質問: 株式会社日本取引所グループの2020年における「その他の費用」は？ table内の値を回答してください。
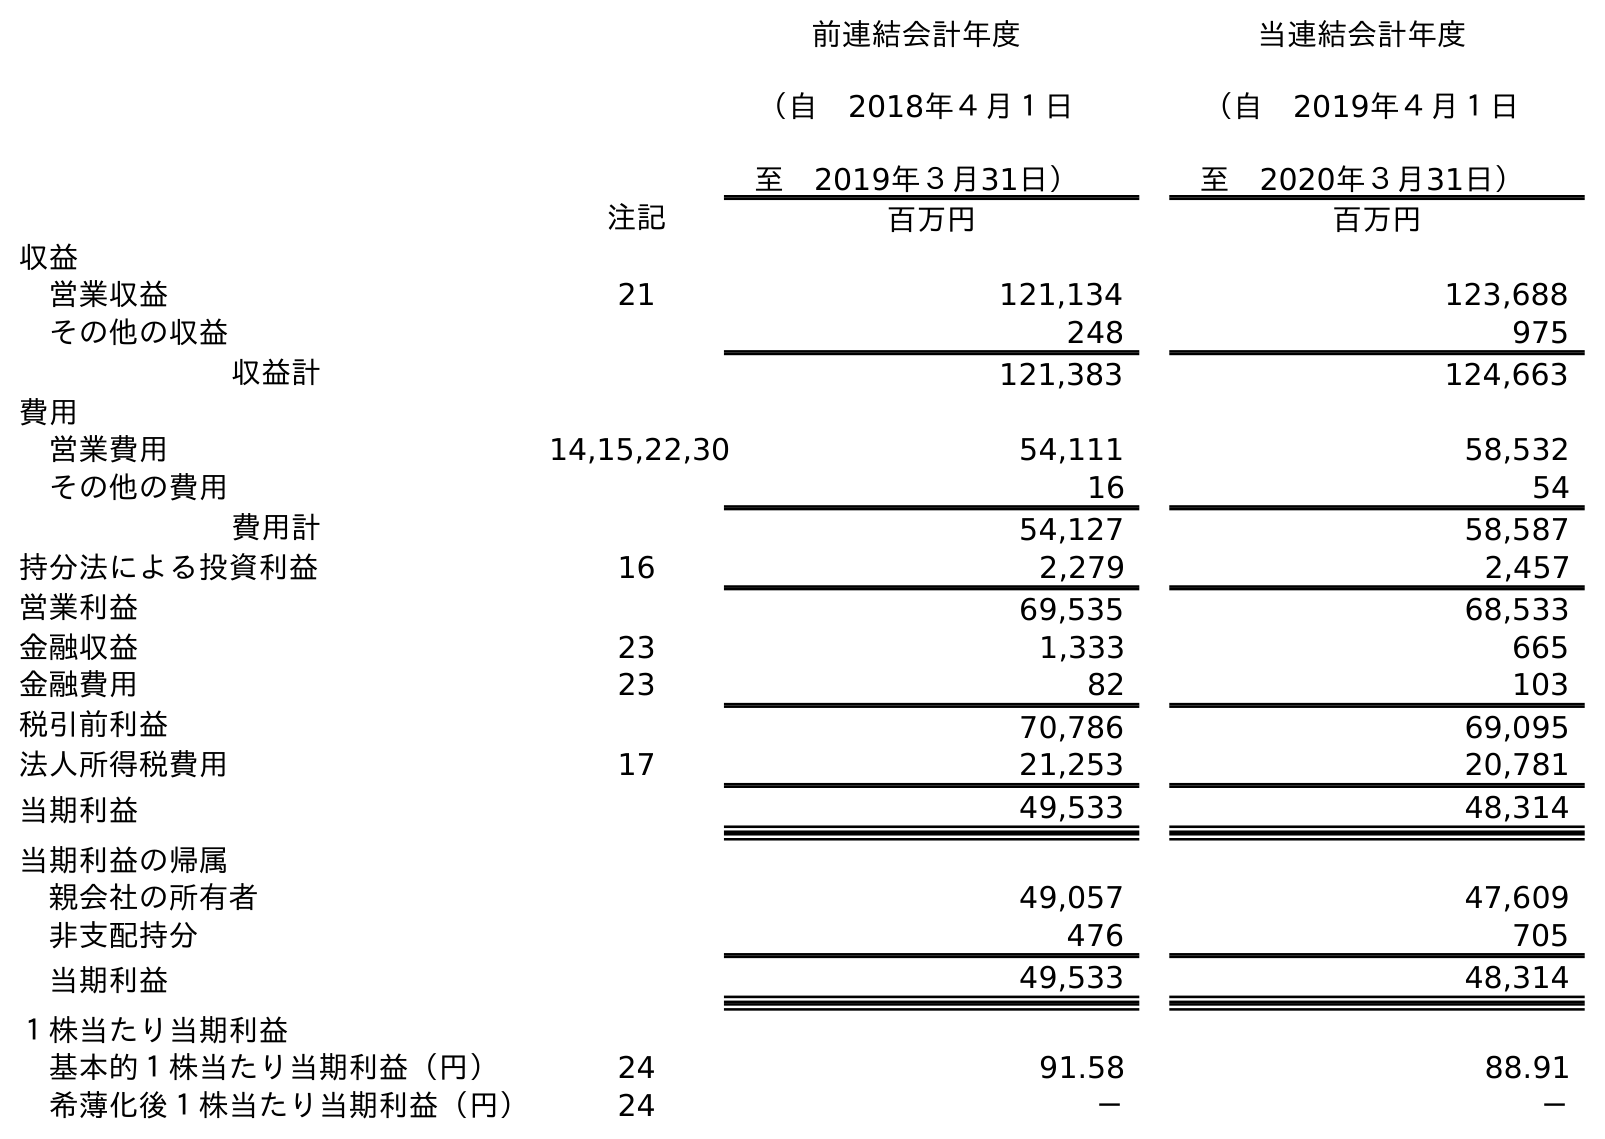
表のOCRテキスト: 前連結会計年度 （自 2018年４月１日 至 2019年３月31日） 当連結会計年度 （自 2019年４月１日 至 2020年３月31日） 注記 百万円 百万円 収益 営業収益 21 121,134 123,688 その他の収益 248 975 収益計 121,383 124,663 費用 営業費用 14,15,22,30 54,111 58,532 その他の費用 16 54 費用計 54,127 58,587 持分法による投資利益 16 2,279 2,457 営業利益 69,535 68,533 金融収益 23 1,333 665 金融費用 23 82 103 税引前利益 70,786 69,095 法人所得税費用 17 21,253 20,781 当期利益 49,533 48,314 当期利益の帰属 親会社の所有者 49,057 47,609 非支配持分 476 705 当期利益 49,533 48,314 １株当たり当期利益 基本的１株当たり当期利益（円） 24 91.58 88.91 希薄化後１株当たり当期利益（円） 24 － －
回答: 54